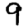
Digit: 9